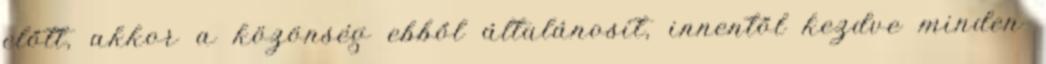
előtt, akkor a közönség ebből általánosít, innentől kezdve minden